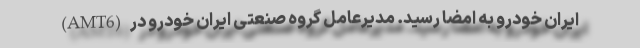
(AMT6) ایران خودرو به امضا رسید. مدیرعامل گروه صنعتی ایران خودرو در